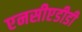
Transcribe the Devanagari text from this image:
एनसीएडीडी